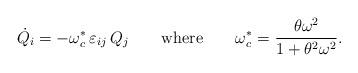
\begin{align*}\dot{Q}_{i}=-\omega_{c}^*\,\varepsilon_{ij}\,Q_{j}\qquad\hbox{where}\qquad\omega_{c}^*=\frac{\theta\omega^{2}}{1+\theta^2\omega^2}.\end{align*}